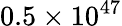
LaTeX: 0.5\times 10^{47}